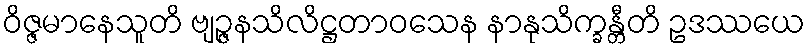
ဝိဇ္ဇမာနေသူတိ ဗျဉ္ဇနသိလိဋ္ဌတာဝသေန နာနုသိက္ခန္တီတိ ဥဒဿယေ